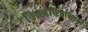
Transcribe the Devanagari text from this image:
निसर्गचित्रांसाठी